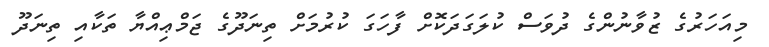
މިއަހަރުގެ ޒުވާނުންގެ ދުވަސް ކުލަގަދަކޮށް ފާހަގަ ކުރުމަށް ތިނަދޫގެ ޖަމްޢިއްޔާ ތަކާއި ތިނަދޫ